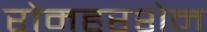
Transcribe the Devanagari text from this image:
रोमहरशेन